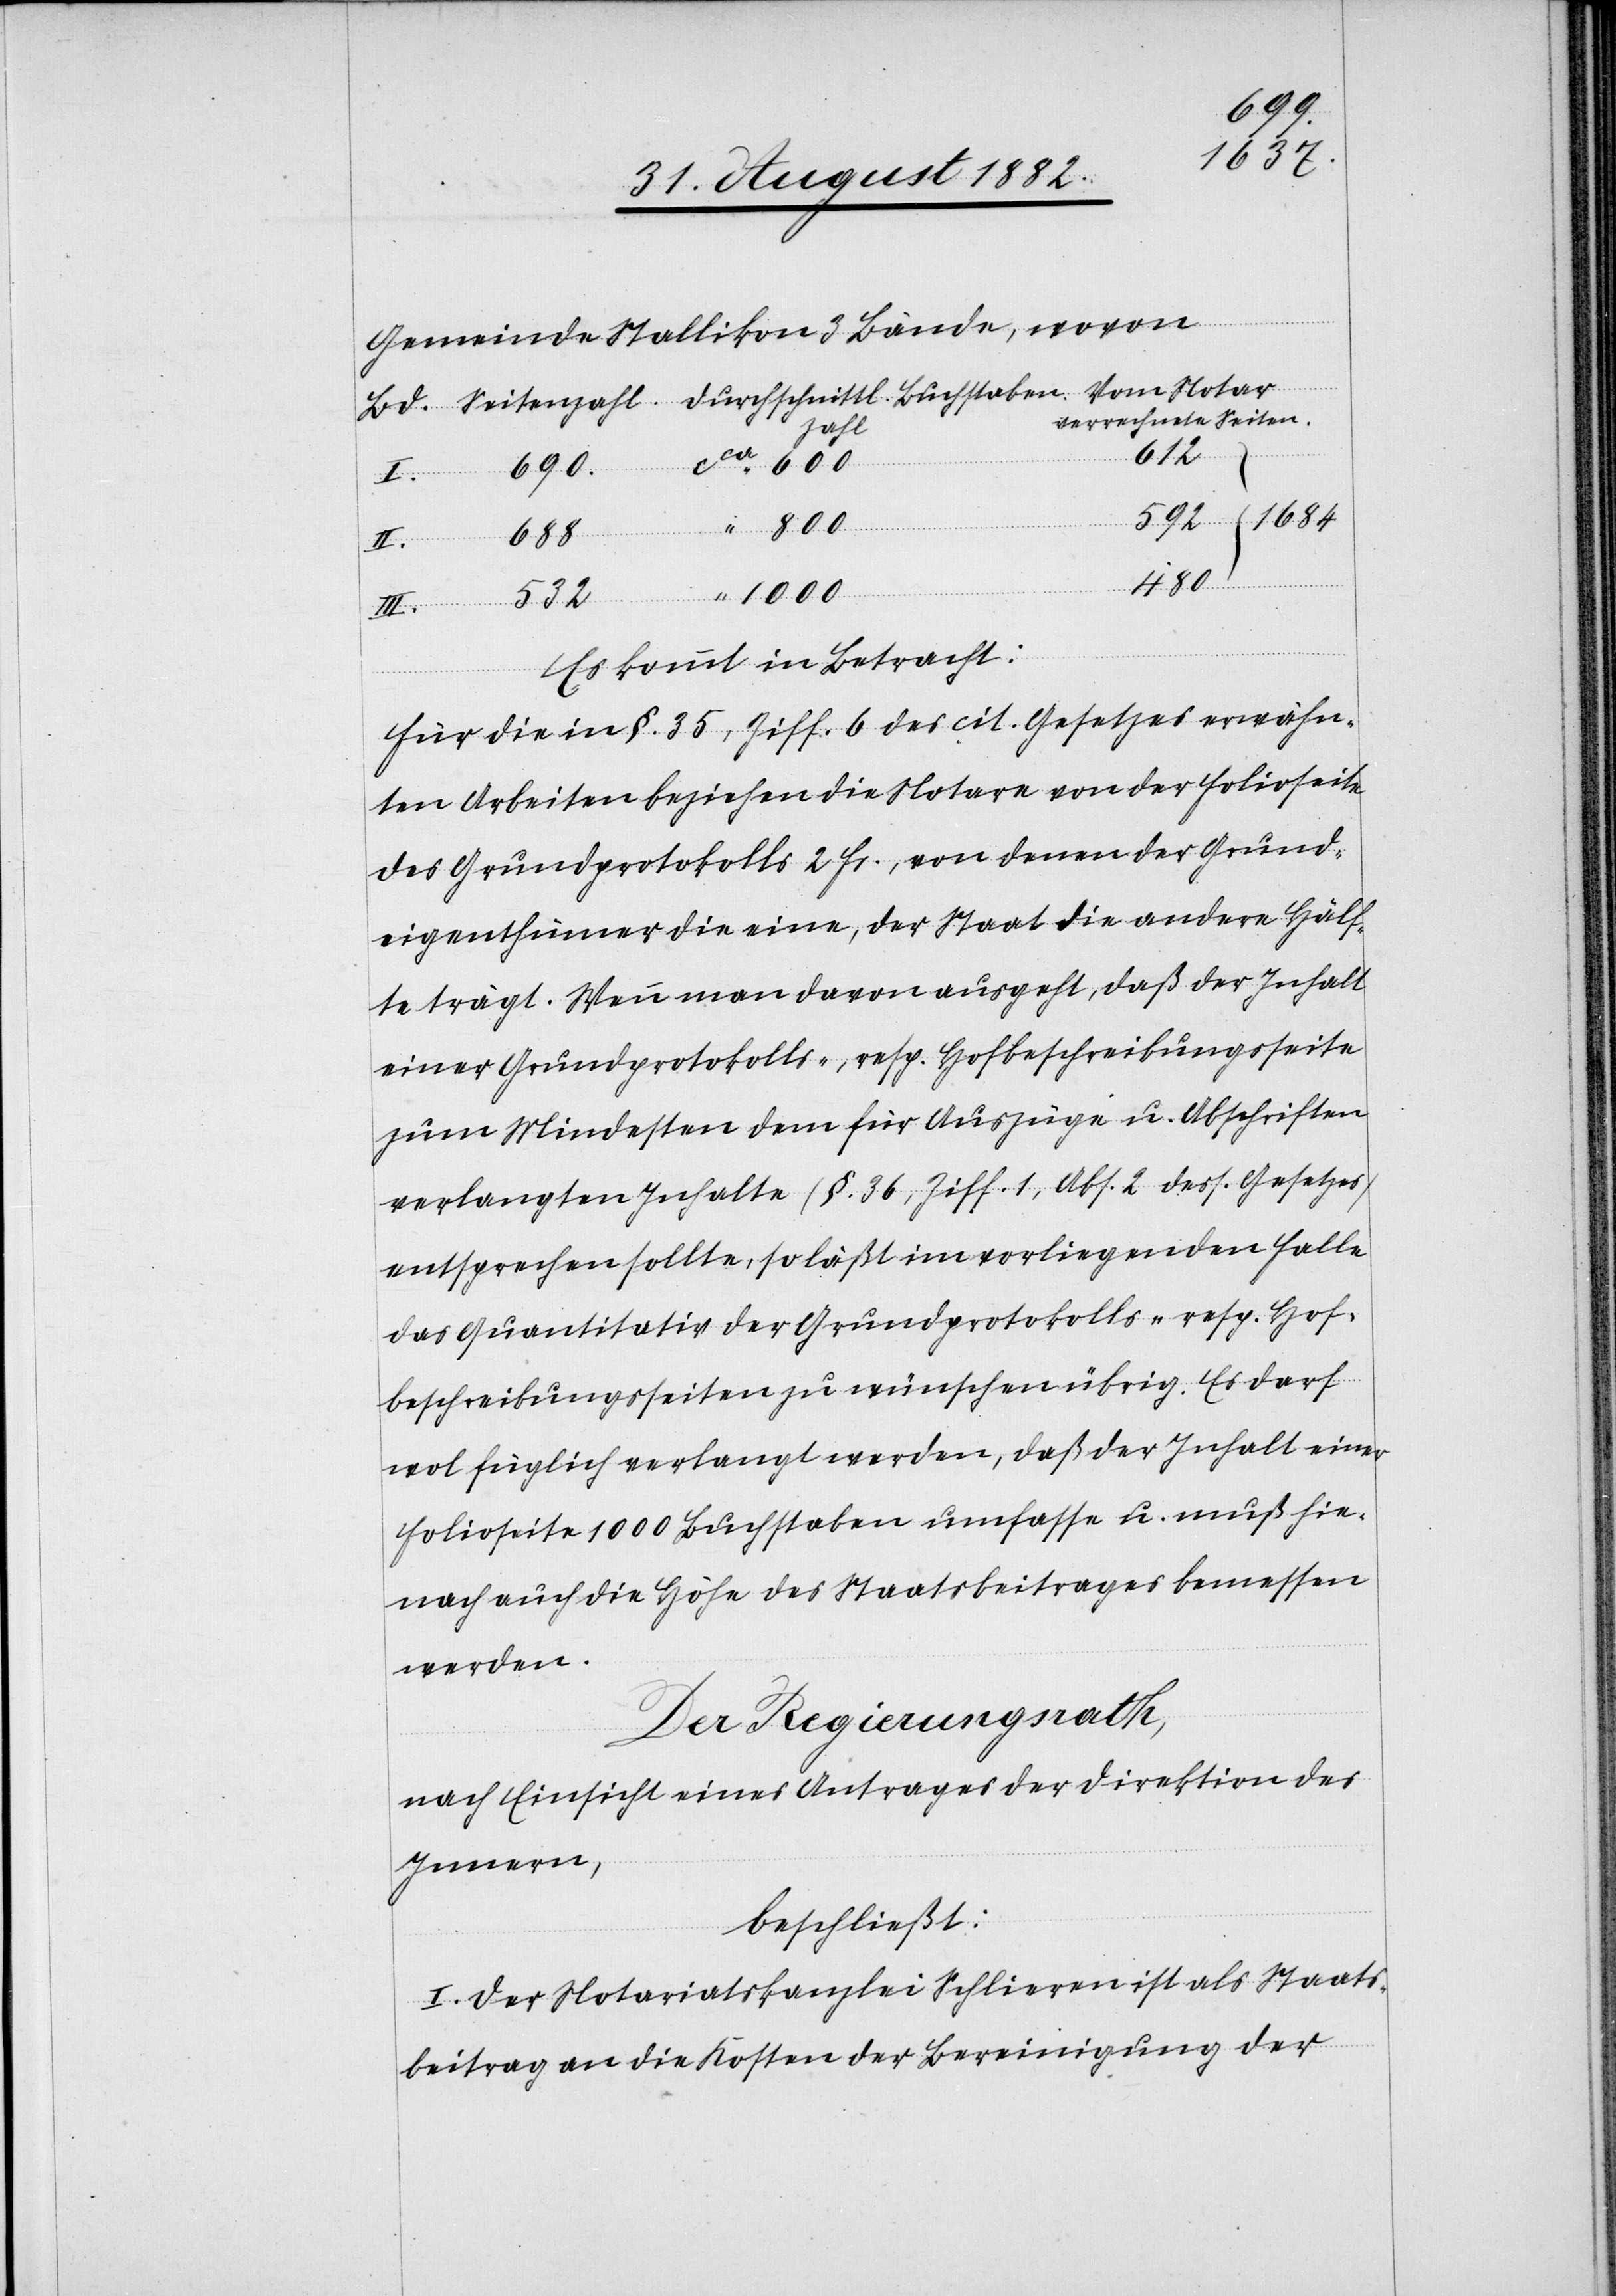
1684
Gemeinden Stallikon 3 Bände, wovon
verrechnete Seiten.
zahl
612
Vom Notar
II.
1000
532
480
Durchschnittl.
I.
Es kommt in Betracht:
Für die in §. 35, Ziff. 6 des cit. Gesetzes erwähn¬
ten Arbeiten beziehen die Notare von der Folioseite
des Grundprotokolls 2 Fr., von denen der Grund¬
eigenthümer die eine, der Staat die andere Hälf¬
te trägt. Wenn man davon ausgeht, daß der Inhalt
einer Grundprotokolls-, resp. Hofbeschreibungsseite
zum Mindesten dem für Auszüge u. Abschriften
verlangten Inhalte (§. 36, Ziff. 1, Abs. 2 dess. Gesetzes)
entsprechen sollte, so läßt im vorliegenden Falle
das Quantitativ der Grundprotokolls-, resp. Hof¬
beschreibungsseiten zu wünschen übrig. Es darf
wol füglich verlangt werden, daß der Inhalt einer
Folioseite 1000 Buchstaben umfasse u. muß hie¬
nach auch die Höhe des Staatsbeitrages bemessen
werden.
Der Regierungsrath,
nach Einsicht eines Antrages der Direktion des
Innern,
beschließt:
I. Der Notariatskanzlei Schlieren ist als Staats¬
beitrag an die Kosten der Bereinigung der